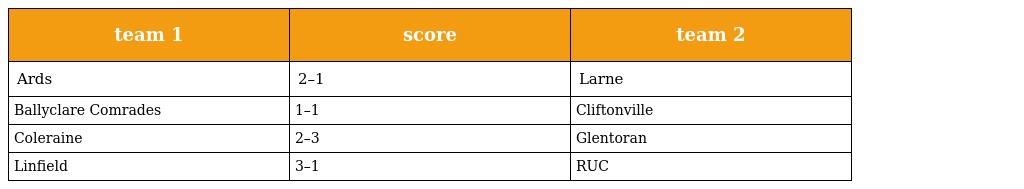
| team 1 | score | team 2 |
 | --- | --- | --- |
 | Ards | 2–1 | Larne |
 | Ballyclare Comrades | 1–1 | Cliftonville |
 | Coleraine | 2–3 | Glentoran |
 | Linfield | 3–1 | RUC |